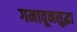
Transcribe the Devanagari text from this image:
गमावूनसुद्धा